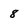
Character: 8